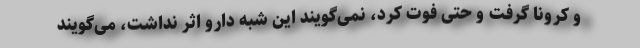
و کرونا گرفت و حتی فوت کرد، نمی‌گویند این شبه دارو اثر نداشت، می‌گویند